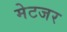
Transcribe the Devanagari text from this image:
मेटजर